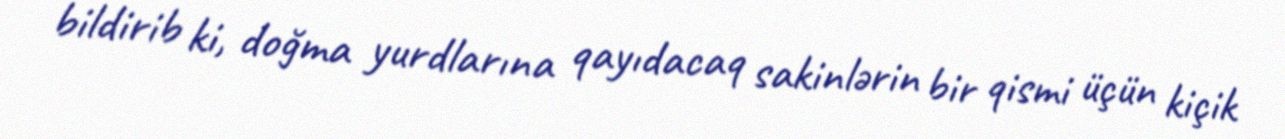
bildirib ki, doğma yurdlarına qayıdacaq sakinlərin bir qismi üçün kiçik